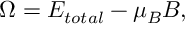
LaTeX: \Omega = E _ { t o t a l } - \mu _ { B } B ,